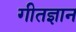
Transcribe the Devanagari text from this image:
गीतज्ञान